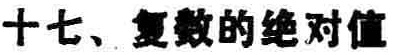
十七、复数的绝对值